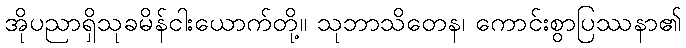
အိုပညာရှိသုခမိန်ငါးယောက်တို့။ သုဘာသိတေန၊ ကောင်းစွာပြဿနာ၏